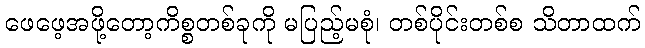
ဖေဖေ့အဖို့တော့ကိစ္စတစ်ခုကို မပြည့်မစုံ၊ တစ်ပိုင်းတစ်စ သိတာထက်